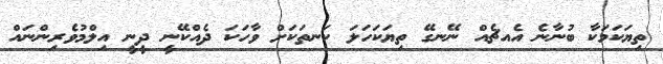
ތިޔަކަމަކާ ބުނާނެ އެއޗެއް ނޭނގޭ ތިޔަކަހަލަ ކަނތަކަށް ވާހަކަ ދެއްކޭނީ ދީނީ އިލްމުވެރިންނައް